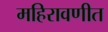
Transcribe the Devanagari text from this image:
महिरावणीत